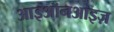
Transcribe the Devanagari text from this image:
आइऑनआइज़